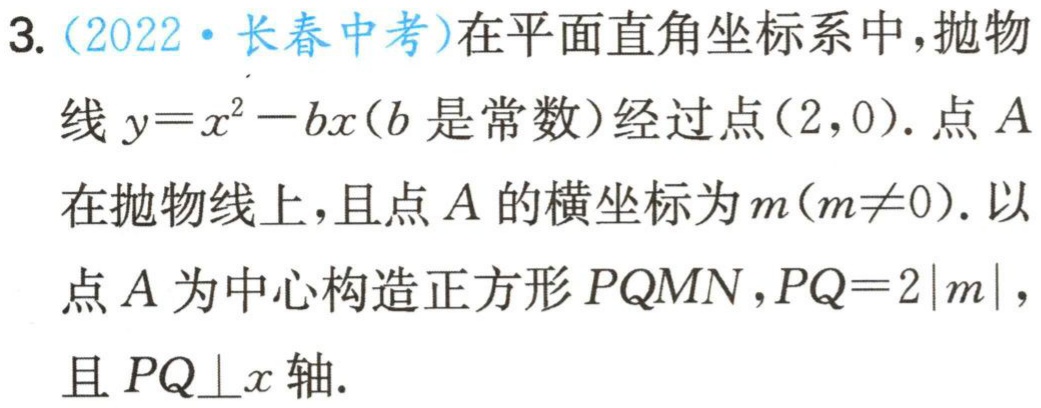
3. (2022·长春中考)在平面直角坐标系中,抛物线\(y = x^{2}-bx\)(\(b\)是常数)经过点\((2,0)\). 点\(A\)在抛物线上,且点\(A\)的横坐标为\(m(m\neq0)\). 以点\(A\)为中心构造正方形\(PQMN\),\(PQ = 2|m|\),且\(PQ\perp x\)轴.